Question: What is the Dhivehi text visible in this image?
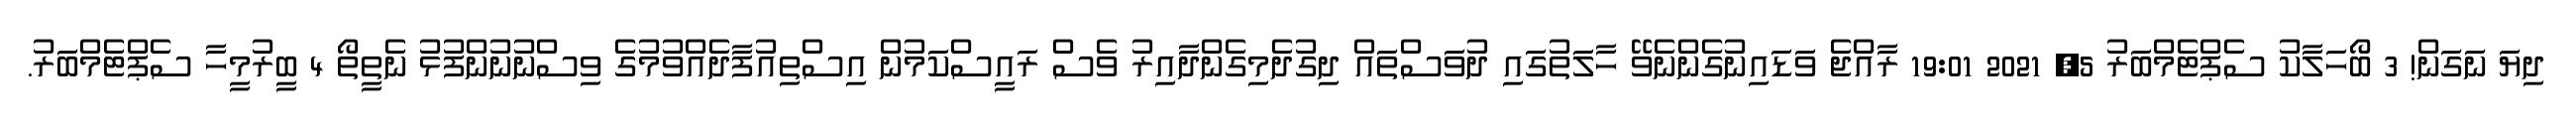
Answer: ދިޔަ ނަގަން! 3 ބޯހަލާކު ސެޕްޓެމްބަރު 5, 2021 19:01 ރާއްޖެ ވަޑައިނުގެންނެވޭ ހާލަތުގައި ދުވަސްތައް ދިގުދެމިގެންދާއިރު ވެސް ރައީސްކަމުން އިސްތިއުފާދެއްވުމުގެ ވިސްނުނުންފުޅު ނެތީތޯ 4 ބީރުމީހާ ސެޕްޓެމްބަރު.